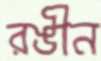
রঙীন